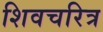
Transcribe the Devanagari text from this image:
शिवचरित्र